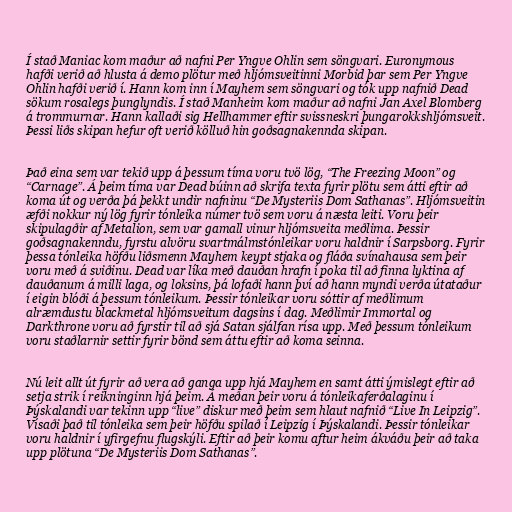
Í stað Maniac kom maður að nafni Per Yngve Ohlin sem söngvari. Euronymous
hafði verið að hlusta á demo plötur með hljómsveitinni Morbid þar sem Per Yngve
Ohlin hafði verið í. Hann kom inn í Mayhem sem söngvari og tók upp nafnið Dead
sökum rosalegs þunglyndis. Í stað Manheim kom maður að nafni Jan Axel Blomberg
á trommurnar. Hann kallaði sig Hellhammer eftir svissneskri þungarokkshljómsveit.
Þessi liðs skipan hefur oft verið kölluð hin goðsagnakennda skipan.

Það eina sem var tekið upp á þessum tíma voru tvö lög, “The Freezing Moon” og
“Carnage”. Á þeim tíma var Dead búinn að skrifa texta fyrir plötu sem átti eftir að
koma út og verða þá þekkt undir nafninu “De Mysteriis Dom Sathanas”. Hljómsveitin
æfði nokkur ný lög fyrir tónleika númer tvö sem voru á næsta leiti. Voru þeir
skipulagðir af Metalion, sem var gamall vinur hljómsveita meðlima. Þessir
goðsagnakenndu, fyrstu alvöru svartmálmstónleikar voru haldnir í Sarpsborg. Fyrir
þessa tónleika höfðu liðsmenn Mayhem keypt stjaka og fláða svínahausa sem þeir
voru með á sviðinu. Dead var líka með dauðan hrafn í poka til að finna lyktina af
dauðanum á milli laga, og loksins, þá lofaði hann því að hann myndi verða útataður
í eigin blóði á þessum tónleikum. Þessir tónleikar voru sóttir af meðlimum
alræmdustu blackmetal hljómsveitum dagsins í dag. Meðlimir Immortal og
Darkthrone voru að fyrstir til að sjá Satan sjálfan rísa upp. Með þessum tónleikum
voru staðlarnir settir fyrir bönd sem áttu eftir að koma seinna.

Nú leit allt út fyrir að vera að ganga upp hjá Mayhem en samt átti ýmislegt eftir að
setja strik í reikninginn hjá þeim. Á meðan þeir voru á tónleikaferðalaginu í
Þýskalandi var tekinn upp “live” diskur með þeim sem hlaut nafnið “Live In Leipzig”.
Vísaði það til tónleika sem þeir höfðu spilað í Leipzig í Þýskalandi. Þessir tónleikar
voru haldnir í yfirgefnu flugskýli. Eftir að þeir komu aftur heim ákváðu þeir að taka
upp plötuna “De Mysteriis Dom Sathanas”.